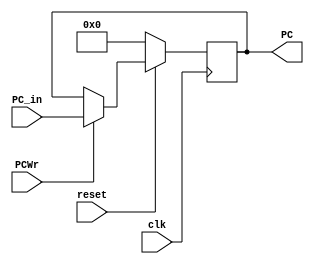
`timescale 1ns/1ps

module PC (
	input             reset,
	input             clk  ,
	input             PCWr ,
	input      [31:0] PC_in,
	output reg [31:0] PC
);

	parameter ILLOP   = 32'h80000004;
	parameter XADR    = 32'h80000008;
	parameter RESETPC = 32'h00000000; // ONLY FOR DEBUG!
//parameter RESETPC = 32'h80000000;

	always@(posedge clk) begin
		if(~reset) begin
			PC <= RESETPC;
		end
		else if(PCWr) begin
			PC <= PC_in;
		end
	end

endmodule